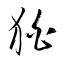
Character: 狛